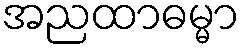
အညထာဓမ္မာ